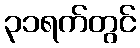
၃၁ရက်တွင်